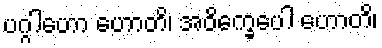
ပဂ္ဂါဟော ဟောတိ၊ အဝိက္ခေပေါ ဟောတိ၊